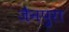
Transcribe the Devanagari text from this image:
जैनपुरा